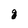
Character: g